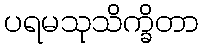
ပရမသုသိက္ခိတာ